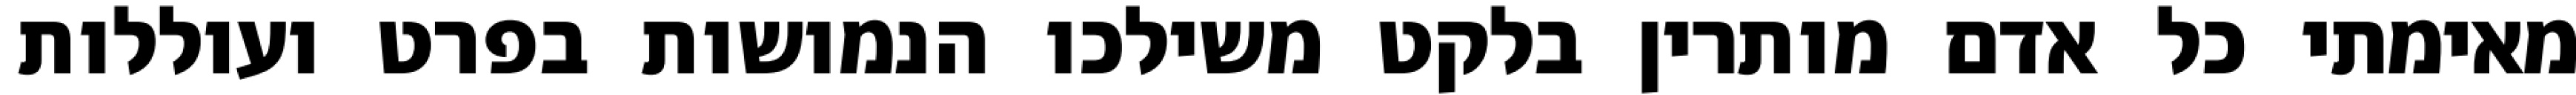
מאימתי כל אדם מותרין בלקט משילכו הנמושות בפרט ועוללות